Leaving Certificate Examination, 1911
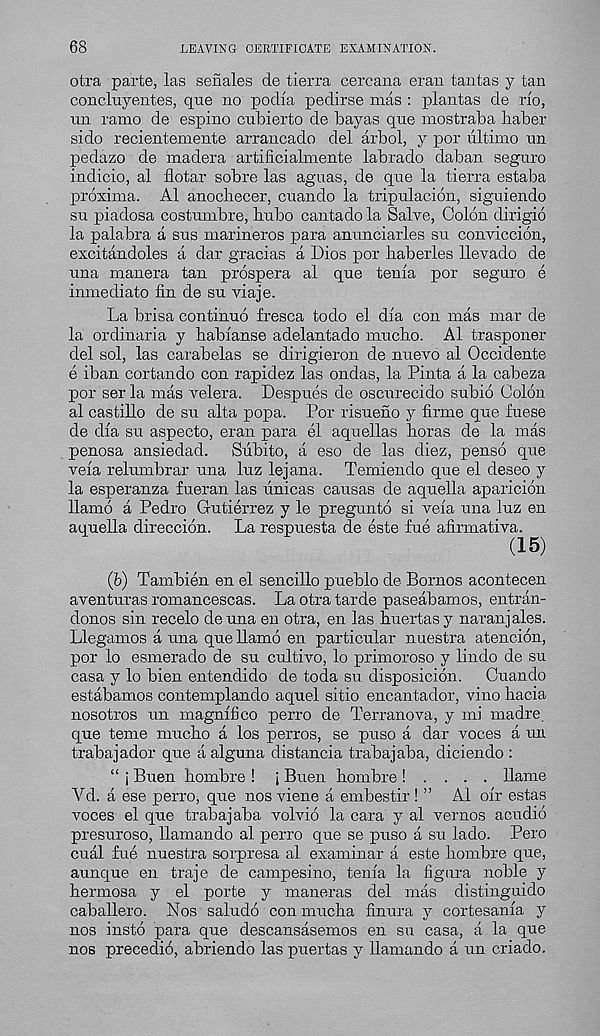
68
LEAVING CERTIFICATE EXAMINATION.
otra parte, las senates de tierra cercana eran tantas y tan
concluyentes, qne no podia pedirse mas : plantas de no,
un ramo de espino cubierto de bayas qne mostraba liaber
sido recientemente arrancado del arbol, y por ultimo un
pedazo de madera artificialmente labrado daban seguro
indicio, al flotar sobre las aguas, de que la tierra estaba
proxima. Al anocbecer, cuando la tripulacion, siguiendo
su piadosa costumbre, bubo cantado la Salve, Colon dirigio
la palabra a sus marineros para anunciarles su conviccion,
excitandoles a dar gracias a Dios por baberles llevado de
una manera tan prospera al que tenia por seguro e
imnediato fin de su viaje.
La brisa continuo fresca todo el dia con mas mar de
la ordinaria y babianse adelantado mucbo. Al trasponer
del sol, las carabelas se dirigieron de nuevo al Occidente
e iban cortando con rapidez las ondas, la Pinta a la cabeza
por ser la mas velera. Despues de oscurecido subio Colon
al castillo de su alta popa. Por risueno y firme que fuese
de dia su aspecto, eran para el aquellas boras de la mas
penosa ansiedad. Subito, a eso de las diez, penso que
veia relumbrar una luz lejana. Temiendo que el deseo y
la esperanza fueran las unicas causas de aquella aparicion
llamo a Pedro Gutierrez y le pregunto si veia una luz en
aquella direccion. La respuesta de este fue afirmativa.
(15)
(b) Tambien en el sencillo pueblo de Bornos acontecen
aventuras romancescas. La otra tarde paseabamos, entran-
donos sin recelo deuna en otra, en las buertasy naranjales.
Llegamos a una que llamo en particular nuestra atencion,
por lo esmerado de su cultivo, lo primoroso y linclo de su
casa y lo bien entendido de toda su disposicion.
Cuando
estabamos contemplando aquel sitio encantador, vino bacia
nosotros un magnifico perro de Terranova, y mi madre
que teme mucbo a los perros, se puso a dar voces a un
trabajador que a alguna distancia trabajaba, diciendo :
“ j Buen bombre ! j Been bombre! . . . . llame
Yd. a ese perro, que nos viene a embestir ! ” Al oir estas
voces el que trabajaba volvio la cara y al vernos acudio
presuroso, llamando al perro que se puso a su lado. Pero
cual fue nuestra sorpresa al examinar a este bombre que,
aunque en traje de campesino, tenia la figura noble y
bermosa y el porte y maneras del mas distinguido
caballero. Nos saludo con mucba finura y cortesania y
nos insto para que descansasemos en su casa, a la que
nos precedio, abriendo las puertas y llamando a un criado.